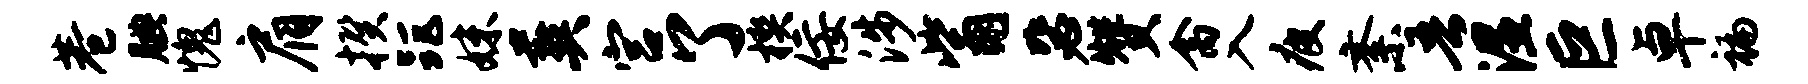
巷腆愧肩揆距妹葬宫了楔佞涉觜毖赞禽入疲紊吾湿巨卓褊